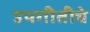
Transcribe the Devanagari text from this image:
उपगीतीचे